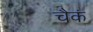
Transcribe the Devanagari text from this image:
चैकं